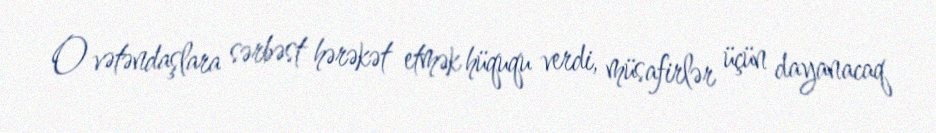
O vətəndaşlara sərbəst hərəkət etmək hüququ verdi, müsafirlər üçün dayanacaq